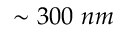
\sim 3 0 0 \ n m